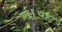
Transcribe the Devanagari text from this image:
गई।यह